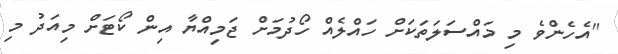
"އެހެންވެ މި މައްސަލަތަކަށް ހައްލެއް ހޯދުމަށް ޖަމިއްޔާ އިން ކޯޓަށް މިއަދު މި